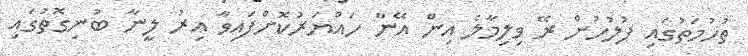
ތުހުމަތުގައި ފުލުހުން ރޭ ވިލިމާލެ އިން އޭނާ ހައްޔަރުކޮށްފައިވާ އިރު ލީނާ ބުނިގޮތުގައި